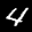
Label: 4